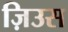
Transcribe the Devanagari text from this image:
ज़िउस